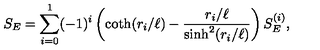
S _ { E } = \sum _ { i = 0 } ^ { 1 } ( - 1 ) ^ { i } \left( \coth ( r _ { i } / \ell ) - { \frac { r _ { i } / \ell } { \sinh ^ { 2 } ( r _ { i } / \ell ) } } \right) S _ { E } ^ { ( i ) } ,